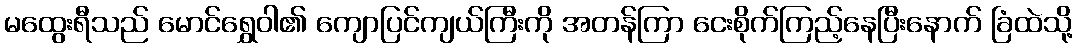
မထွေးရီသည် မောင်ရွှေဝါ၏ ကျောပြင်ကျယ်ကြီးကို အတန်ကြာ ငေးစိုက်ကြည့်နေပြီးနောက် ခြံထဲသို့